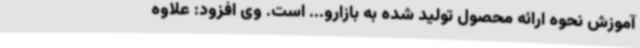
آموزش نحوه ارائه محصول تولید شده به بازارو... است. وی افزود: علاوه